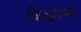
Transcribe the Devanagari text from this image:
वेदब्भ